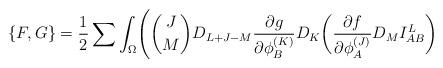
LaTeX: \begin{align*}\{ F,G \} ={1 \over 2}\sum \int_{\Omega}\Biggl( {J \choose M}D_{L+J-M}{{\partial g} \over {\partial\phi_B^{(K)}}}D_K\biggl({{\partial f} \over {\partial\phi_A^{(J)}}}D_M I_{AB}^L\biggr)\end{align*}